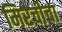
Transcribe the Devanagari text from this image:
मिरचीचा